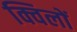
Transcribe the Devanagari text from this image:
क्विलों